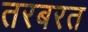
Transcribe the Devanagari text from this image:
तरबरत